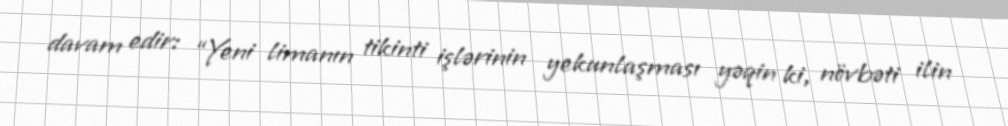
davam edir: “Yeni limanın tikinti işlərinin yekunlaşması yəqin ki, növbəti ilin